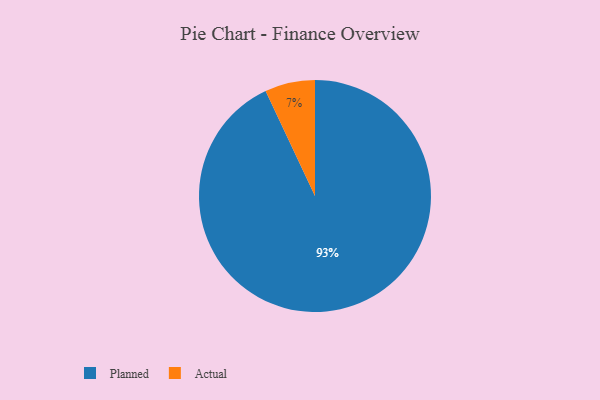
{"axis": {"x": "Category", "y": "Percentage"}, "legend": ["Actual", "Planned"], "data": [{"x": "Actual", "y": 7, "type": "Actual"}, {"x": "Planned", "y": 93, "type": "Planned"}]}